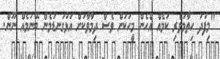
"މިފަދަ ހިތާމަވެރި ކަމެއް އެހެން މީހަކަށް ވެސް ދިމާވާކަށް އަޅުގަނޑުމެން ބޭނުމެއް ނޫން.